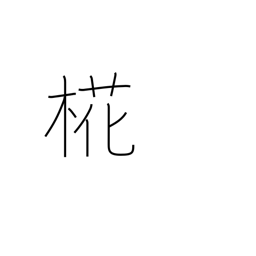
Meaning: birch